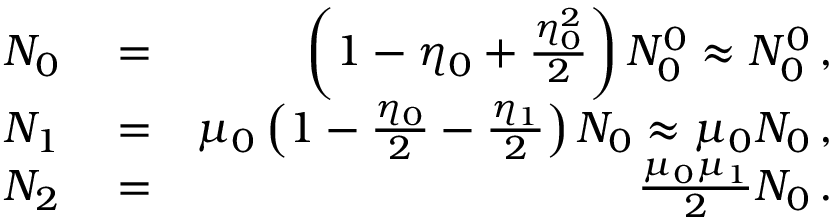
\begin{array} { r l r } { N _ { 0 } } & { { } = } & { \left( 1 - \eta _ { 0 } + \frac { \eta _ { 0 } ^ { 2 } } { 2 } \right) N _ { 0 } ^ { 0 } \approx N _ { 0 } ^ { 0 } \, , } \\ { N _ { 1 } } & { { } = } & { \mu _ { 0 } \left( 1 - \frac { \eta _ { 0 } } { 2 } - \frac { \eta _ { 1 } } { 2 } \right) N _ { 0 } \approx \mu _ { 0 } N _ { 0 } \, , } \\ { N _ { 2 } } & { { } = } & { \frac { \mu _ { 0 } \mu _ { 1 } } { 2 } N _ { 0 } \, . } \end{array}